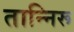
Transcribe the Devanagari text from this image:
तान्निरू